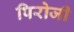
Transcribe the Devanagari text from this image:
पिरोजी